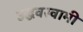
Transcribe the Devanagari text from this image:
उद्धवस्वामी